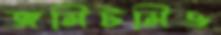
জমিটমিও